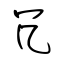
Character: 冗